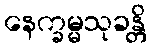
နေက္ခမ္မသုခန္တိ